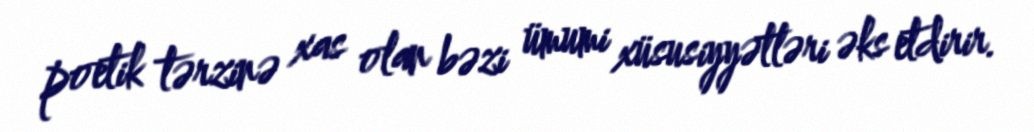
poetik tərzinə xas olan bəzi ümumi xüsusiyyətləri əks etdirir.